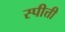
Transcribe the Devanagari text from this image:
स्पीत्ती